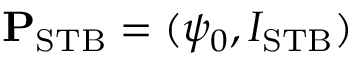
\mathbf { P } _ { \mathrm { S T B } } = ( \psi _ { 0 } , I _ { \mathrm { S T B } } )